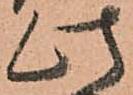
此